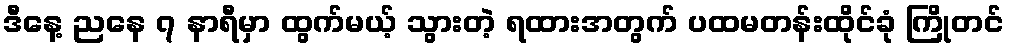
ဒီနေ့ ညနေ ၇ နာရီမှာ ထွက်မယ့် သွားတဲ့ ရထားအတွက် ပထမတန်းထိုင်ခုံ ကြိုတင်